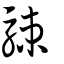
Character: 駷